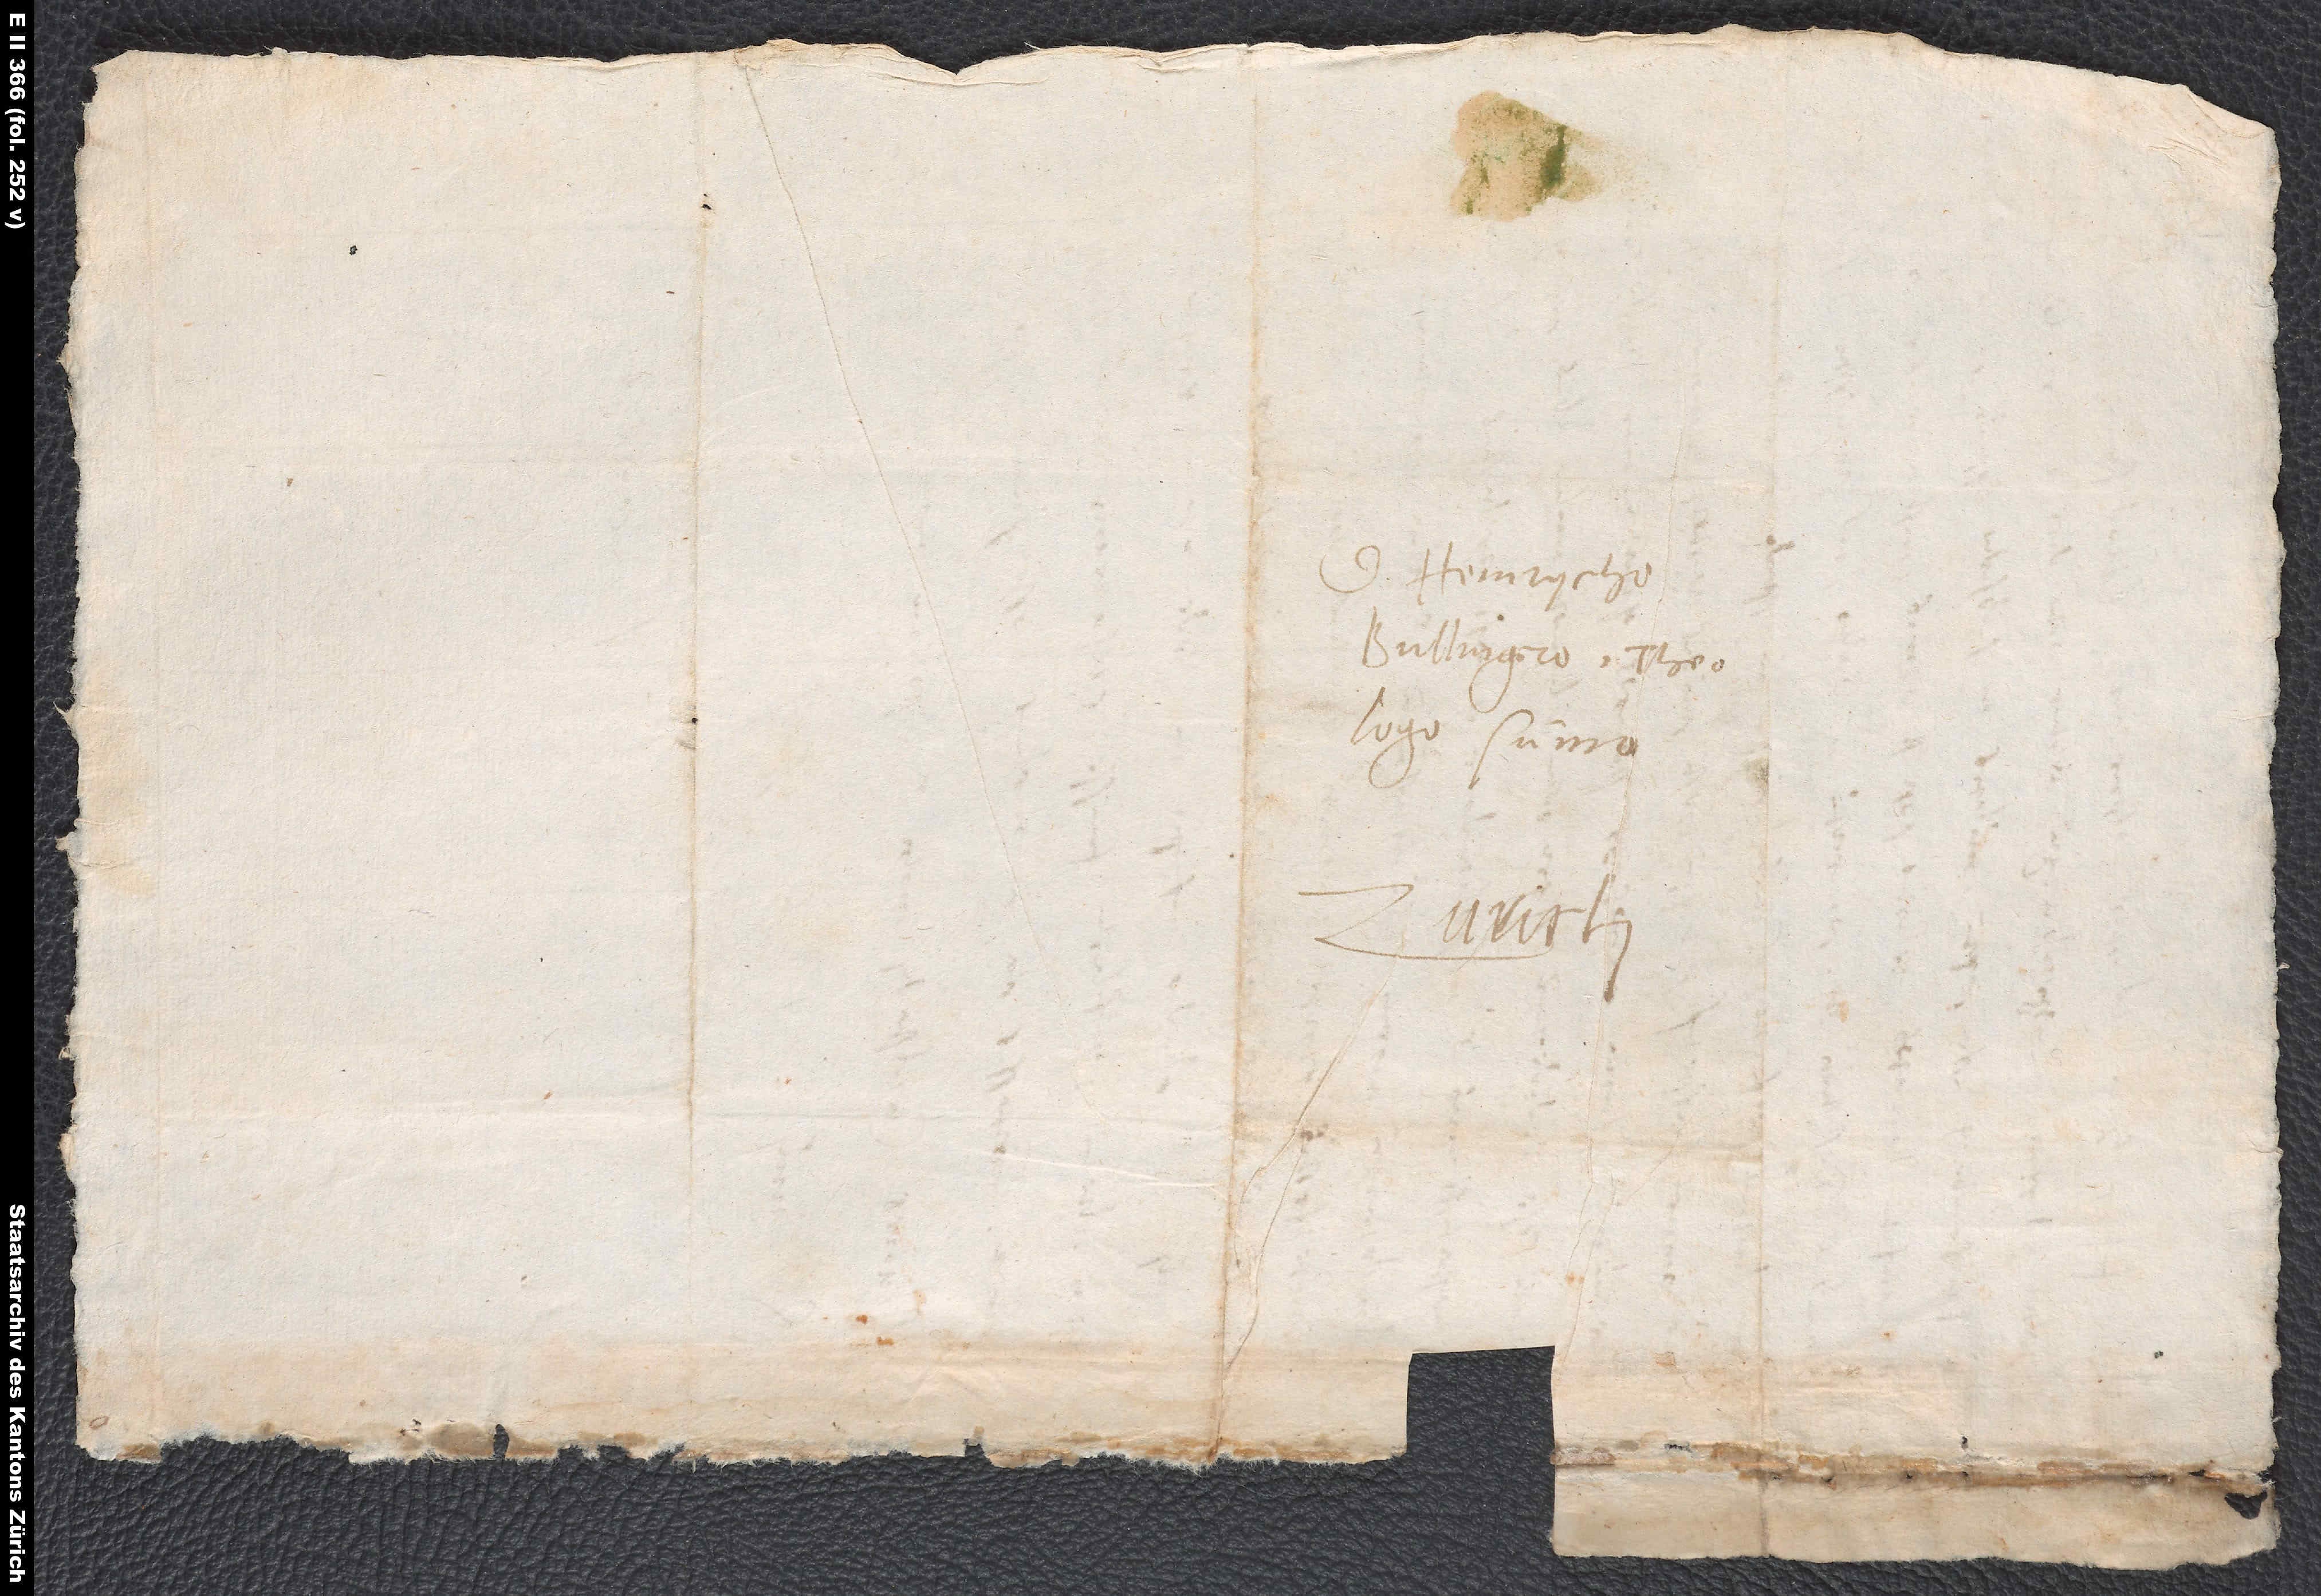
D. Heinrycho
Bullingero, theologo
Zurich.